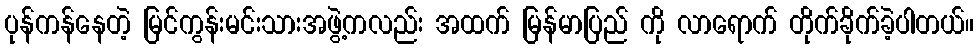
ပုန်ကန်နေတဲ့ မြင်ကွန်းမင်းသားအဖွဲ့ကလည်း အထက် မြန်မာပြည် ကို လာရောက် တိုက်ခိုက်ခဲ့ပါတယ်။